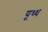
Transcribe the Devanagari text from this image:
यूध्ध